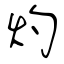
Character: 灼